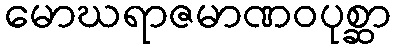
မောဃရာဇမာဏဝပုစ္ဆာ